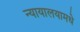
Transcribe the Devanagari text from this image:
न्यायालयामधे